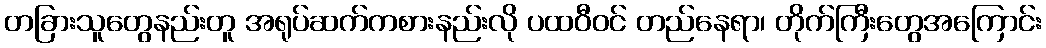
တခြားသူတွေနည်းတူ အရုပ်ဆက်ကစားနည်းလို ပထဝီဝင် တည်နေရာ၊ တိုက်ကြီးတွေအကြောင်း